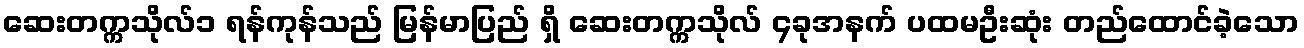
ဆေးတက္ကသိုလ်၁ ရန်ကုန်သည် မြန်မာပြည် ရှိ ဆေးတက္ကသိုလ် ၄ခုအနက် ပထမဦးဆုံး တည်ထောင်ခဲ့သော